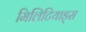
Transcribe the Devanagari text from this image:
मिलिटियाड्स